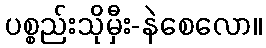
ပစ္စည်းသိုမှီး-နဲစေလော။